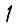
Digit: 1